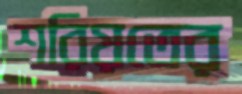
শরিয়তের